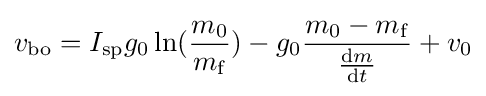
v_{\mathrm {bo} }=I_{\mathrm {sp} }g_{\mathrm {0} }\ln({\frac {m_{\mathrm {0} }}{m_{\mathrm {f} }}})-g_{\mathrm {0} }{\frac {m_{\mathrm {0} }-m_{\mathrm {f} }}{\frac {\operatorname {d} \!m}{\operatorname {d} \!t}}}+v_{\mathrm {0} }